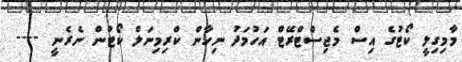
މާމިގިލީ ކޯޓުގެ އިސް މެޖިސްޓްރޭޓް އަހުމަދު ނިހާން ކްރިމިނަލް ކޯޓުން ނެރެނީ ----